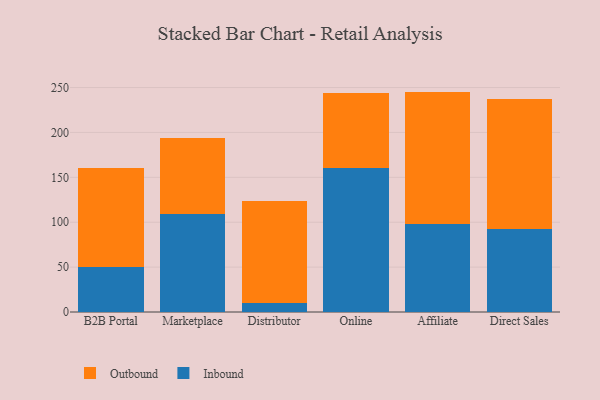
{"axis": {"x": "Channel", "y": "Gross Profit (USD K)"}, "legend": ["Inbound", "Outbound"], "data": [{"x": "B2B Portal", "y": 50.1, "type": "Inbound"}, {"x": "B2B Portal", "y": 110.5, "type": "Outbound"}, {"x": "Marketplace", "y": 108.7, "type": "Inbound"}, {"x": "Marketplace", "y": 84.7, "type": "Outbound"}, {"x": "Distributor", "y": 10.5, "type": "Inbound"}, {"x": "Distributor", "y": 113.0, "type": "Outbound"}, {"x": "Online", "y": 160.5, "type": "Inbound"}, {"x": "Online", "y": 83.6, "type": "Outbound"}, {"x": "Affiliate", "y": 98.1, "type": "Inbound"}, {"x": "Affiliate", "y": 147.4, "type": "Outbound"}, {"x": "Direct Sales", "y": 92.3, "type": "Inbound"}, {"x": "Direct Sales", "y": 144.6, "type": "Outbound"}]}